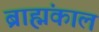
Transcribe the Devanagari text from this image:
ब्राह्मंकाल